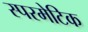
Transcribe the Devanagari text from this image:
स्परमेटिक